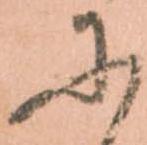
に